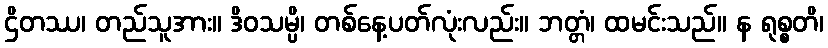
ဌိတဿ၊ တည်သူအား။ ဒိဝသမ္ပိ၊ တစ်နေ့ပတ်လုံးလည်း။ ဘတ္တံ၊ ထမင်းသည်။ န ရုစ္စတိ၊